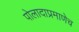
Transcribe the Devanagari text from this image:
पोलादाप्रमाणेच